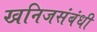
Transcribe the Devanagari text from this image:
खनिजसंबंधी